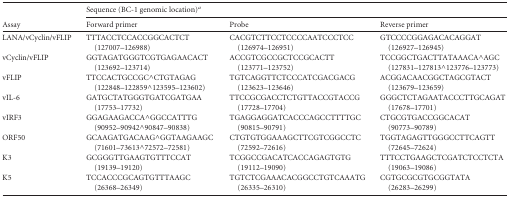
<table><thead><tr><td rowspan="2"><b>Assay</b></td><td colspan="3"><b>Sequence (BC-1 genomic location)<sup><i>a</i></sup></b></td></tr><tr><td><b>Forward primer</b></td><td><b>Probe</b></td><td><b>Reverse primer</b></td></tr></thead><tbody><tr><td>LANA/vCyclin/vFLIP</td><td>TTTACCTCCACCGGCACTCT (127007–126988)</td><td>CACGTCTTCCTCCCCAATCCCTCC (126974–126951)</td><td>GTCCCCGGAGACACAGGAT (126927–126945)</td></tr><tr><td>vCyclin/vFLIP</td><td>GGTAGATGGGTCGTGAGAACACT (123692–123714)</td><td>ACCGTCGCCGCTCCGCACTT (123771–123752)</td><td>TCCGGCTGACTTATAAACA^AGC (127831–127813^123776–123773)</td></tr><tr><td>vFLIP</td><td>TTCCACTGCCGC^CTGTAGAG (122848–122859^123595–123602)</td><td>TGTCAGGTTCTCCCATCGACGACG (123623–123646)</td><td>ACGGACAACGGCTAGCGTACT (123679–123659)</td></tr><tr><td>vIL-6</td><td>GATGCTATGGGTGATCGATGAA (17753–17732)</td><td>TTCCGCGACCTCTGTTACCGTACCG (17728–17704)</td><td>GGGCTCTAGAATACCCTTGCAGAT (17678–17701)</td></tr><tr><td>vIRF3</td><td>GGAGAAGACCA^GGCCATTTG (90952–90942^90847–90838)</td><td>TGAGGAGGATCACCCAGCCTTTTGC (90815–90791)</td><td>CTGCGTGACCGGCACAT (90773–90789)</td></tr><tr><td>ORF50</td><td>GCAAGATGACAAG^GGTAAGAAGC (71601–73613^72572–72581)</td><td>CTGTGTGGAAAGCTTCGTCGGCCTC (72592–72616)</td><td>TGGTAGAGTTGGGCCTTCAGTT (72645–72624)</td></tr><tr><td>K3</td><td>GCGGGTTGAAGTGTTTCCAT (19139–19120)</td><td>TCGGCCGACATCACCAGAGTGTG (19112–19090)</td><td>TTTCCTGAAGCTCGATCTCCTCTA (19063–19086)</td></tr><tr><td>K5</td><td>TCCACCCGCAGTGTTTAAGC (26368–26349)</td><td>TGTCTCGAAACACGGCCTGTCAAATG (26335–26310)</td><td>CGTGCGCGTGCGGTATA (26283–26299)</td></tr></tbody></table>